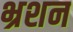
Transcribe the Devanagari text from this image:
भ्रशन